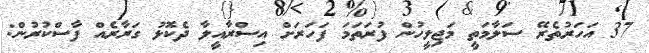
37 އަހަރުތެރޭ ސަލާމަތީ މަޖިލީހުން ފުރަތަމަ ފަހަރަށް އިސްރާއީލާ ދެކޮޅު ގަރާރެއް ފާސްކުރުން: